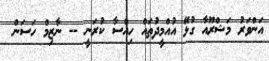
އަންވަރު މަޝްރޫއާ ގުޅޭ އުއްމީދުތައް ހިއްސާ ކުރަނީ -- ނާޒިމް ހަސަން